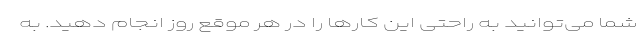
شما می‌توانید به راحتی این کارها را در هر موقع روز انجام دهید. به